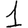
Digit: 1